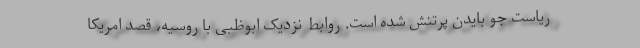
ریاست جو بایدن پرتنش شده است. روابط نزدیک ابوظبی با روسیه، قصد امریکا